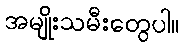
အမျိုးသမီးတွေပါ။